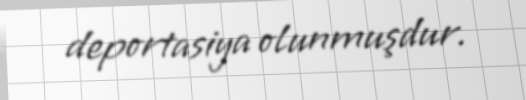
deportasiya olunmuşdur.